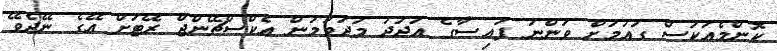
ކޮންމެއަކަސް ގައުމަށް ވަންނަ ފައިސާގެ އަދަދު މަދުވުމުން އެކްސްޗޭންޖް ރޭޓަށް އޭގެ ނޭދެވޭ